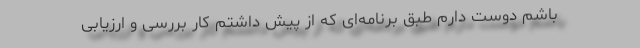
باشم دوست دارم طبق برنامه‌ای که از پیش داشتم کار بررسی و ارزیابی